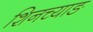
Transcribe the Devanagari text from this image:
शिनच्याङ